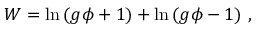
W = \ln \, ( g \phi + 1 ) + \ln \, ( g \phi - 1 ) \ ,